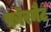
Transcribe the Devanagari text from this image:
फ़ॉरमैट